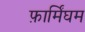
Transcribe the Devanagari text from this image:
फ़ार्मिंघम